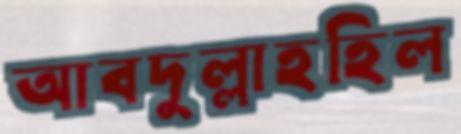
আবদুল্লাহহিল